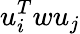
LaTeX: u_{i}^{T}wu_{j}